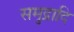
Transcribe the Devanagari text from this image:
समुद्रादि